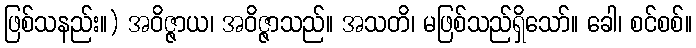
ဖြစ်သနည်း။) အဝိဇ္ဇာယ၊ အဝိဇ္ဇာသည်။ အသတိ၊ မဖြစ်သည်ရှိသော်။ ခေါ၊ စင်စစ်။